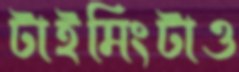
টাইমিংটাও